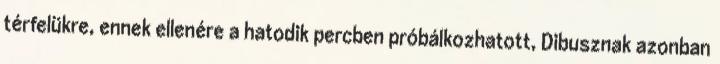
térfelükre, ennek ellenére a hatodik percben próbálkozhatott, Dibusznak azonban